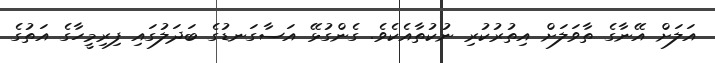
އަލަށް އޭނާގެ ތާވަލަށް އިތުރުކުރި ނުކުތާއެކެވެ. ގެންގުޅޭ އަސާގަނޑުގެ ބަދަލުގައި ފިރިމީހާގެ އަތުގެ